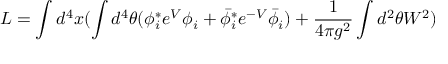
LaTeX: L = \int d ^ { 4 } x ( \int d ^ { 4 } \theta ( \phi _ { i } ^ { * } e ^ { V } \phi _ { i } + \bar { \phi } _ { i } ^ { * } e ^ { - V } \bar { \phi } _ { i } ) + { \frac { 1 } { 4 \pi g ^ { 2 } } } \int d ^ { 2 } \theta W ^ { 2 } )